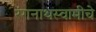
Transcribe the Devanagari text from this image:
रंगनाथस्वामीचे